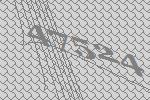
47524